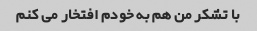
با تشکر من هم به خودم افتخار می کنم